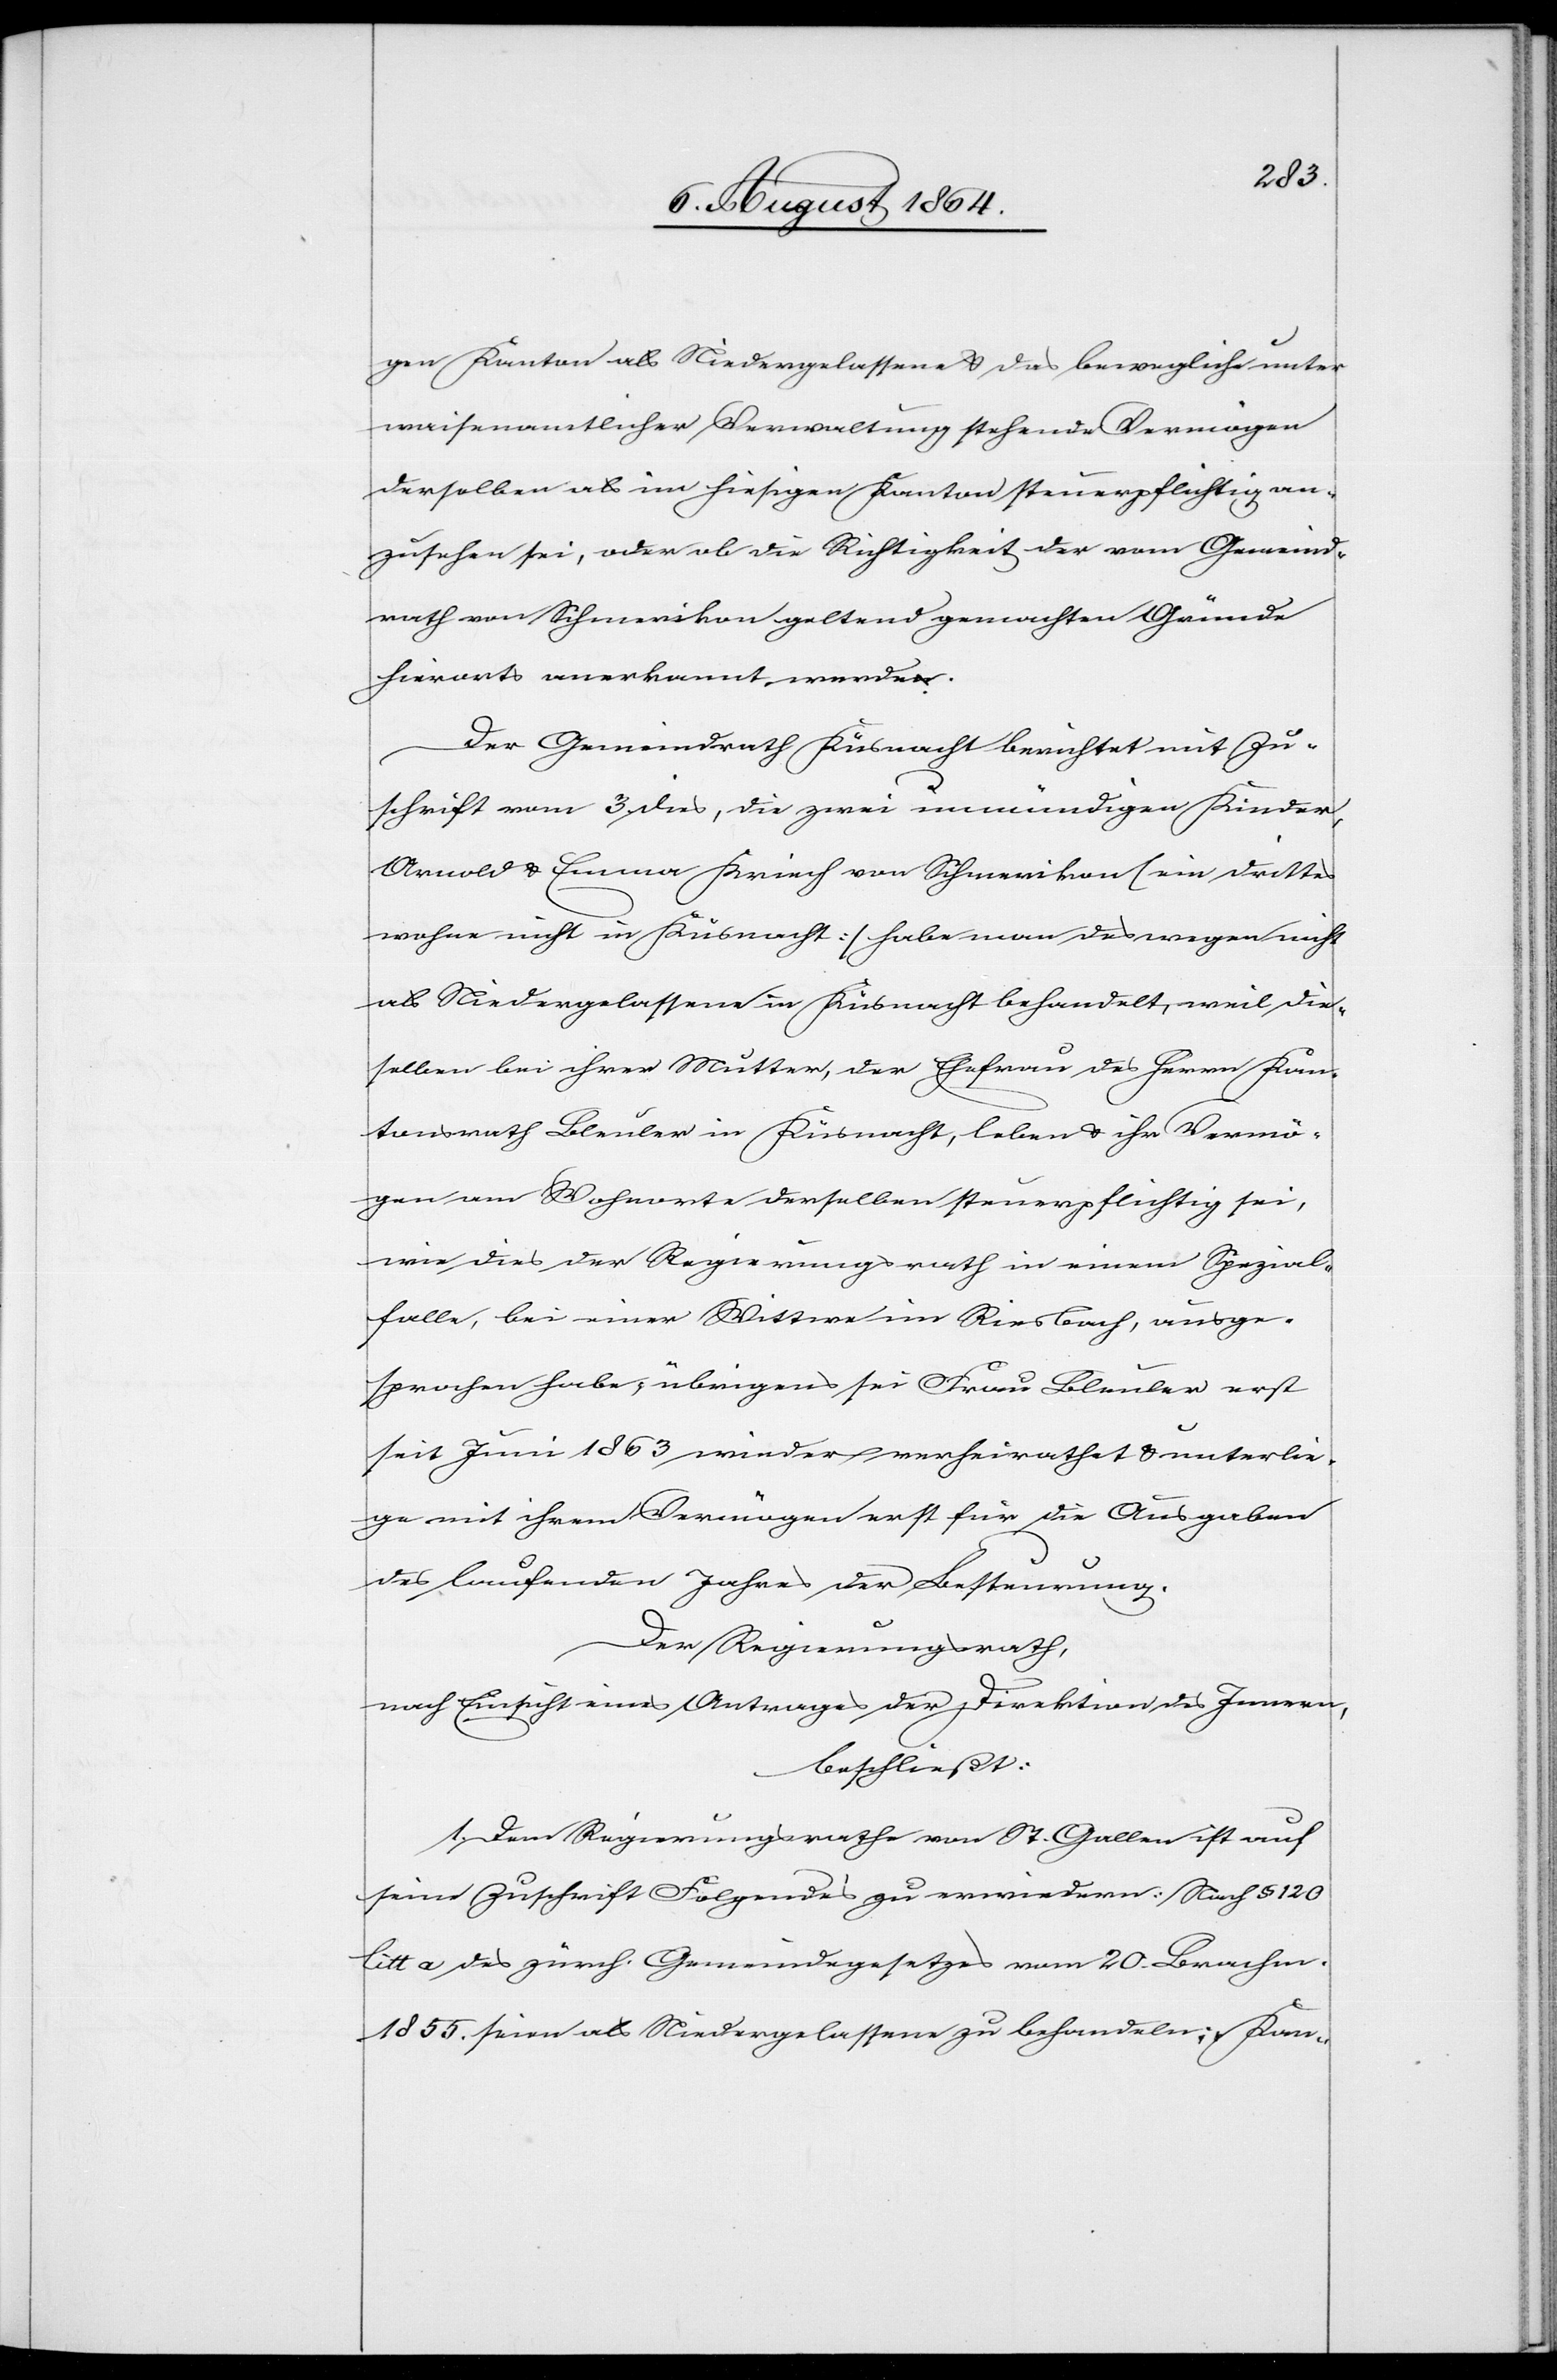
gen Kanton als Niedergelasse & das bewegliche unter
waisenamtlicher Verwaltung stehende Vermögen
derselben als im hiesigen Kanton steuerpflichtig an¬
zusehen sei, oder ob die Richtigkeit der vom Gemeind¬
rath Schmerikon geltend gemachten Gründe
hierorts anerkannt werden.
Der Gemeindrath Küsnacht berichtet mit Zu¬
schrift vom 3. dies, die zwei unmündigen Kinder,
Arnold & Emma Kriech von Schmerikon [ein drittes
wohne nicht in Küsnacht] habe man deswegen nicht
als Niedergelassene in Küsnacht behandelt, weil die¬
selben bei ihrer Mutter, der Ehefrau des Herrn Kan¬
tonsrath Bleuler in Küsnacht, leben & ihr Vermö¬
gen am Wohnort derselben steuerpflichtig sei,
wie dies der Regierungsrath in einem Spezial¬
falle, bei einer Wittwe im Riesbach, ausge¬
sprochen habe; übrigens sei Frau Bleuler erst
seit Juni 1863 wieder verheirathet & unterlie¬
ge mit ihrem Vermögen erst für die Ausgaben
des laufenden Jahres der Besteurung.
Der Regierungsrath,
nach Einsicht eines Antrages der Direktion des Innern,
beschließt:
1. Dem Regierungsrathe von St. Gallen ist auf
seine Zuschrift Folgendes zu erwiedern: Nach § 120
litt a des zürch. Gemeindegesetzes vom 20. Brachm.
1855. seien als Niedergelassene zu behandeln: „Kan-